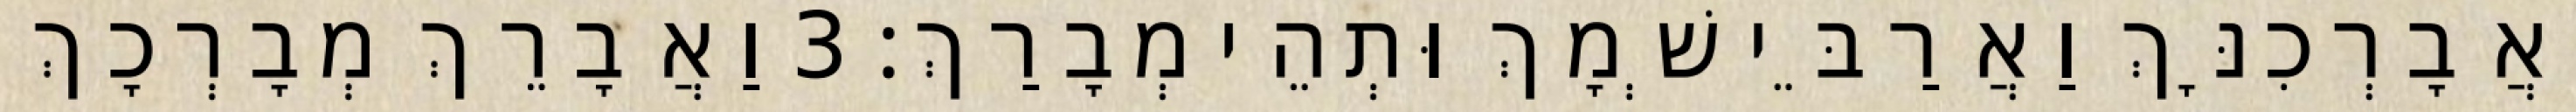
וַאֲבָרְכִנָּךְ וַאֲרַבֵּי שְׁמָךְ וּתְהֵי מְבָרַךְ׃ 3 וַאֲבָרֵךְ מְבָרְכָךְ